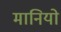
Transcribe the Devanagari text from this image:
मानियो